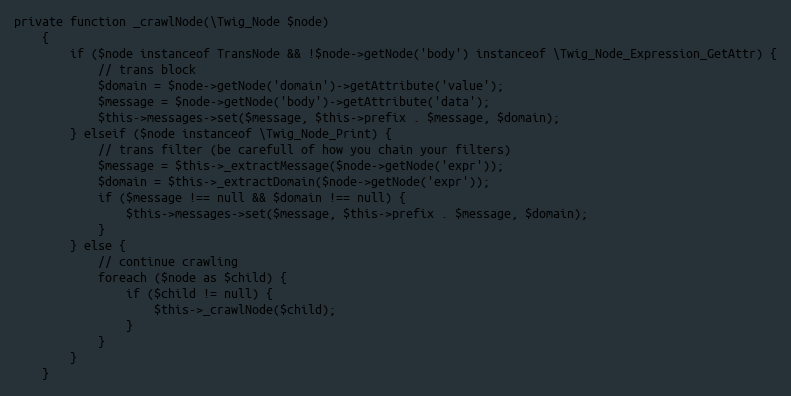
Language: PHP
private function _crawlNode(\Twig_Node $node)
	{
		if ($node instanceof TransNode && !$node->getNode('body') instanceof \Twig_Node_Expression_GetAttr) {
			// trans block
			$domain = $node->getNode('domain')->getAttribute('value');
			$message = $node->getNode('body')->getAttribute('data');
			$this->messages->set($message, $this->prefix . $message, $domain);
		} elseif ($node instanceof \Twig_Node_Print) {
			// trans filter (be carefull of how you chain your filters)
			$message = $this->_extractMessage($node->getNode('expr'));
			$domain = $this->_extractDomain($node->getNode('expr'));
			if ($message !== null && $domain !== null) {
				$this->messages->set($message, $this->prefix . $message, $domain);
			}
		} else {
			// continue crawling
			foreach ($node as $child) {
				if ($child != null) {
					$this->_crawlNode($child);
				}
			}
		}
	}